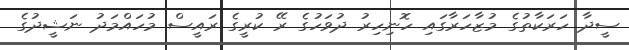
ސީދާ ހަރަކާތުގެ މުޒާހަރާގައި ހޮނިހިރު ދުވަހުގެ ރޭ ކުރީގެ ރައީސް މުހައްމަދު ނަޝީދުގެ